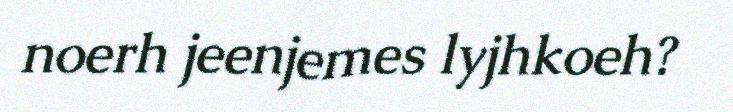
noerh jeenjemes lyjhkoeh?